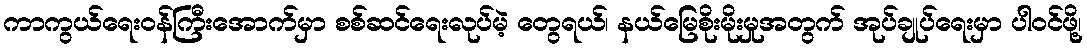
ကာကွယ်ရေးဝန်ကြီးအောက်မှာ စစ်ဆင်ရေးလုပ်မဲ့ တွေရယ်၊ နယ်မြေစိုးမိုးမှုအတွက် အုပ်ချုပ်ရေးမှာ ပါဝင်ဖို့၊